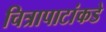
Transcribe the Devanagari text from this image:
चित्रापाटांकडे